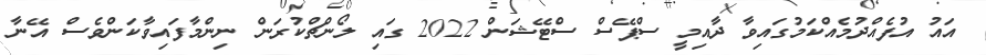
އައު އުފެއްދުމެއްކަމުގައިވާ ދާއިމީ ސްޕޭސް ސްޓޭޝަން 2022 ގައި ލޯންޗްކުރަން ނިންމާފައިވާކަންވެސް އޭނާ